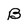
Character: B